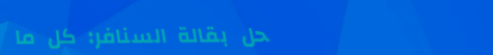
محل بقالة السنافر: كل ما